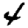
Digit: 4